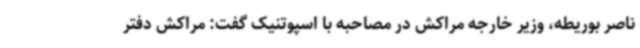
ناصر بوریطه، وزیر خارجه مراکش در مصاحبه با اسپوتنیک گفت: مراکش دفتر